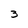
Character: 3